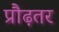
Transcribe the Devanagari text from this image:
प्रौढ़तर